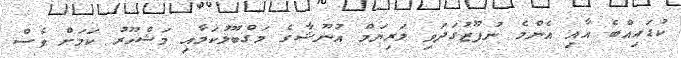
ކުޑައިއްބެ އާއި އެންމެ ނުފޫޒުގަދަވި މަރިޔަމް އުނޫޝާގެ މަގްބޫލުކަމާއި މަޝްހޫރު ކަމަށް ވެސް